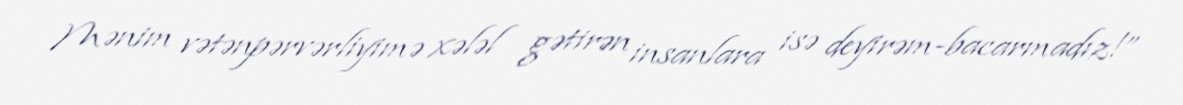
Mənim vətənpərvərliyimə xələl gətirən insanlara isə deyirəm-bacarmadız!”